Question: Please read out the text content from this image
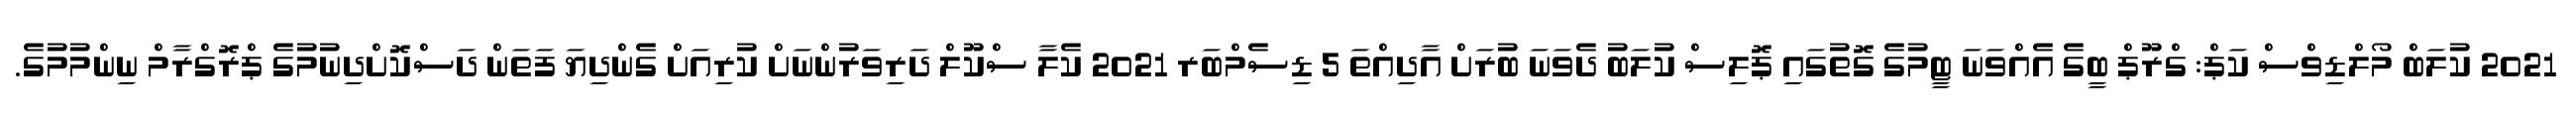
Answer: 2021 ކުލަބް މޯލްޑިވްސް ކަޕް: ގްރޫޕް ބީގެ އެއްވަނަ ޓީމުގެ ގޮތުގައި ޕޮލިސް ކުލަބު ދެވަނަ ބުރަށް އާދިއްތަ 5 ޑިސެމްބަރ 2021 ކެލާ ސްކޫލް ދަރިވަރުންނަށް ކުރިއަށް ގެންދިޔަ ފަތަން ދަސްކޮށްދިނުމުގެ ޕްރޮގްރާމް ނިންމުމުގެ.